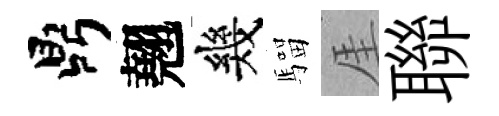
鼎翹幾騮厓聯